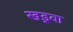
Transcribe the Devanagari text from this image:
खड़ुवा